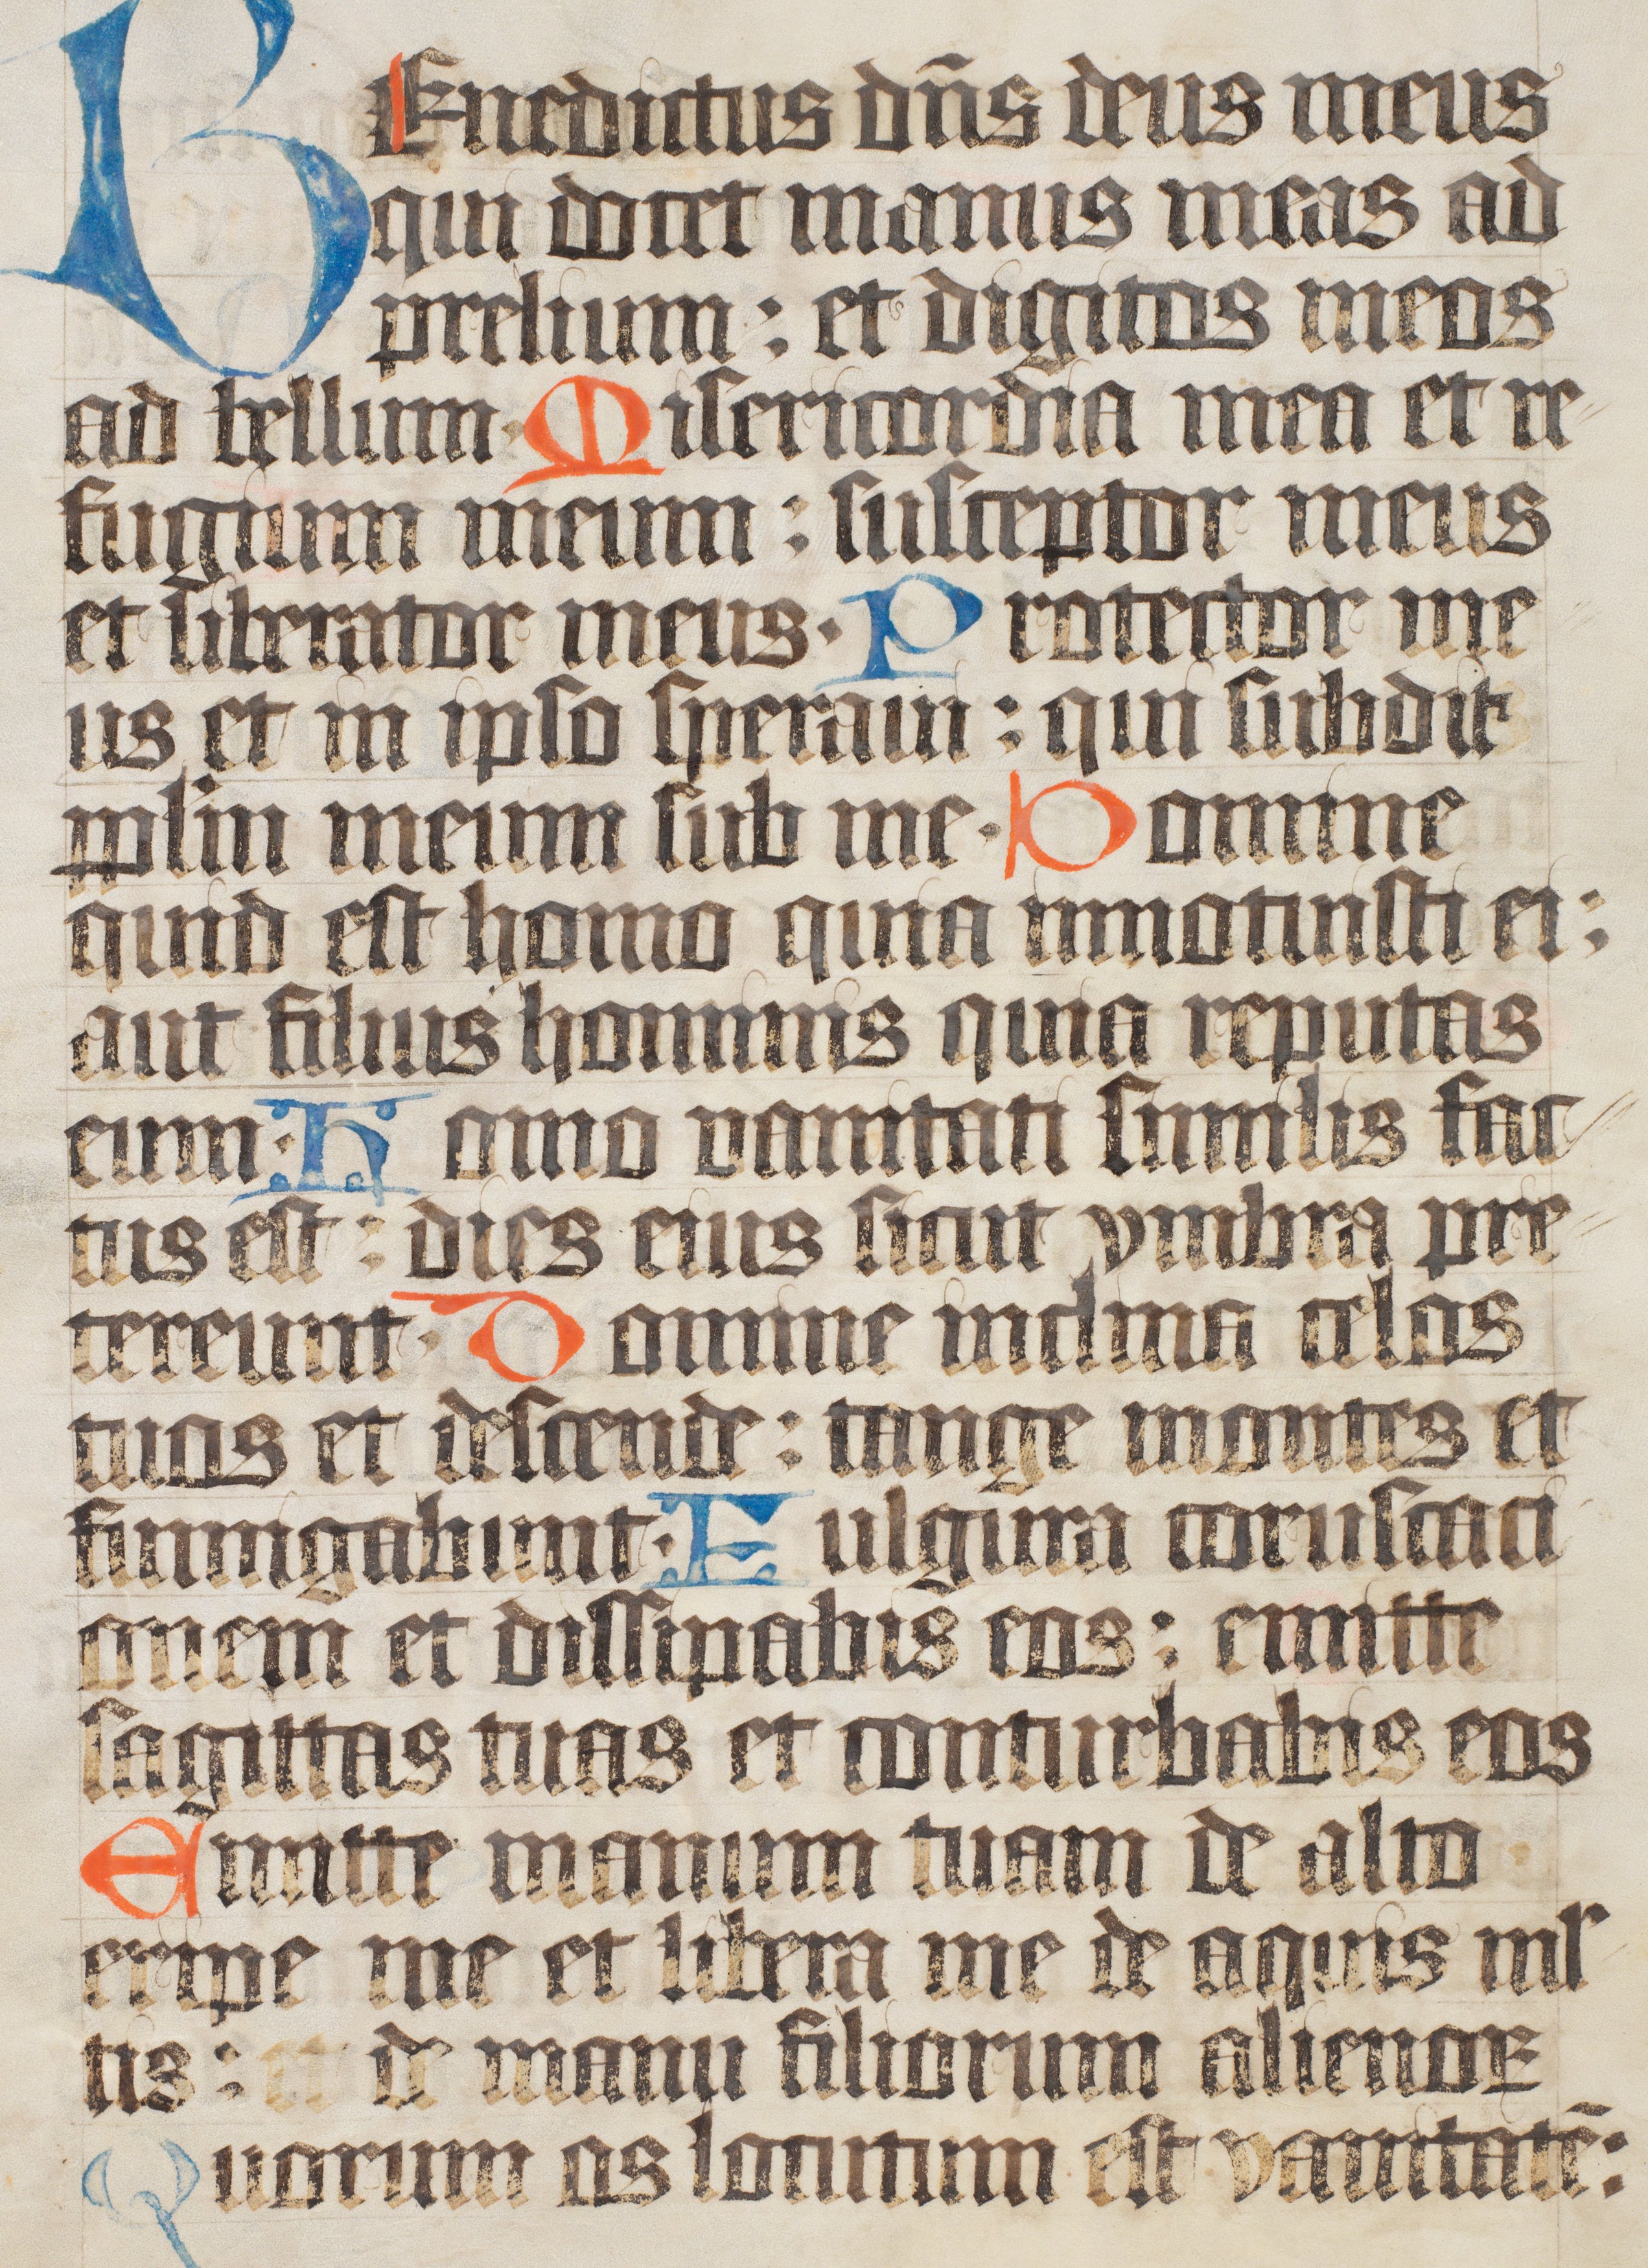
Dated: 1400–1499